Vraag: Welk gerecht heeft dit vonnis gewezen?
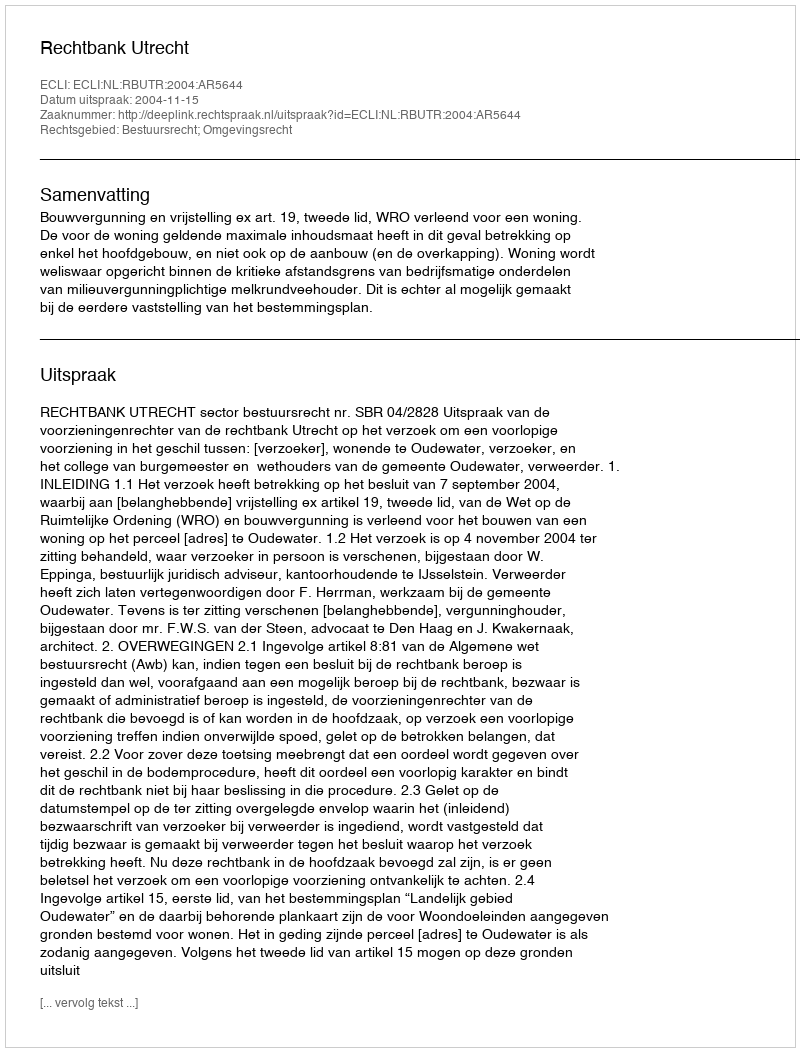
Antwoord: Rechtbank Utrecht